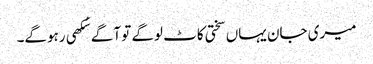
میری جان یہاں سختی کاٹ لوگے تو آگے سُکھی رہوگے۔